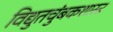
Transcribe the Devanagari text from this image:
विद्युतचुंबकशास्त्र